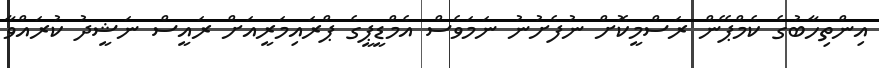
އިންތިހާބުގެ ކެމްޕޭން ރަސްމީކޮށް ނުފެށުުނު ނަމަވެސް އެމްޑީޕީގެ ޕްރަައިމަރީއަށްް ރައީސް ނަޝީދު ކުރައްވާ